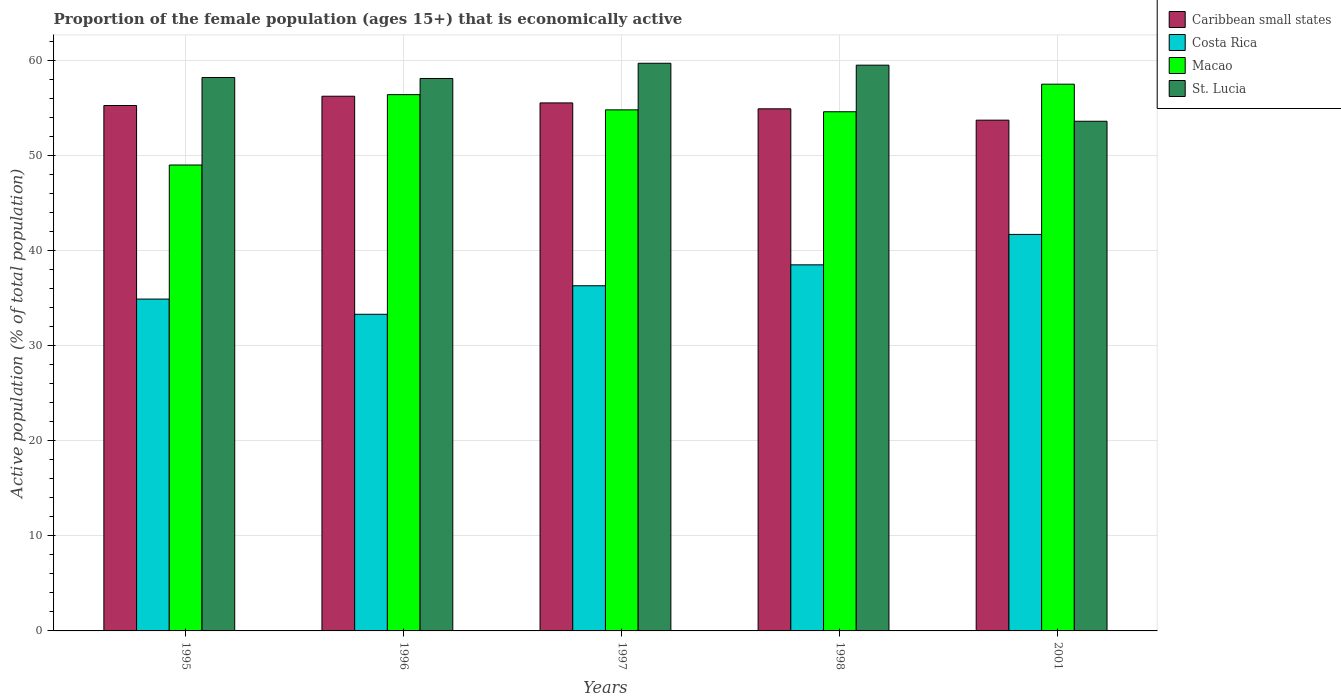
| Years | Caribbean small states | Costa Rica | Macao | St. Lucia |
 | --- | --- | --- | --- | --- |
 | 1995 | 55.3 | 34.9 | 49 | 58.2 |
 | 1996 | 56.2 | 33.3 | 56.4 | 58.1 |
 | 1997 | 55.5 | 36.3 | 54.8 | 59.7 |
 | 1998 | 54.9 | 38.5 | 54.6 | 59.5 |
 | 2001 | 53.7 | 41.7 | 57.5 | 53.6 |